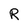
Character: R